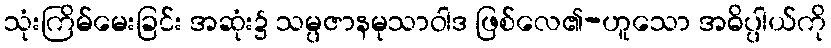
သုံးကြိမ်မေးခြင်း အဆုံး၌ သမ္ပဇာနမုသာဝါဒ ဖြစ်လေ၏-ဟူသော အဓိပ္ပါယ်ကို